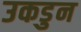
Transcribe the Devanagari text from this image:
उकडुन